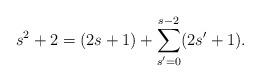
LaTeX: \begin{align*}s^{2}+2=(2s+1)+\sum_{s^{\prime }=0}^{s-2}(2s^{\prime }+1). \end{align*}